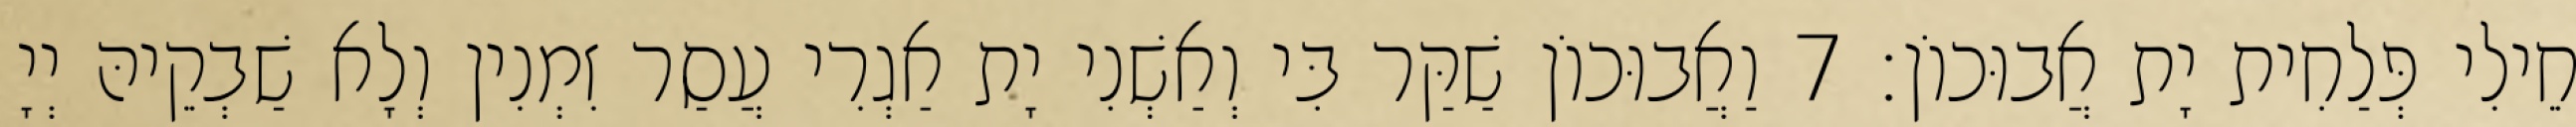
חֵילִי פְּלַחִית יָת אֲבוּכוֹן׃ 7 וַאֲבוּכוֹן שַׁקַּר בִּי וְאַשְׁנִי יָת אַגְרִי עֲסַר זִמְנִין וְלָא שַׁבְקֵיהּ יְיָ